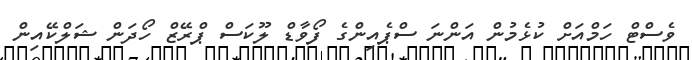
ވެސްޓް ހަމްއަށް ކުޅެމުން އަންނަ ސްޕެއިންގެ ފޯވާޑް ލޫކަސް ޕްރޭޒް ހޯދަން ޝަލްކޭއިން